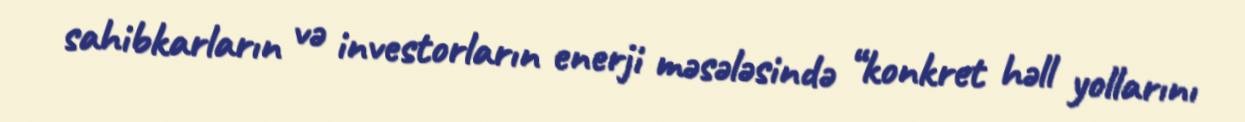
sahibkarların və investorların enerji məsələsində “konkret həll yollarını